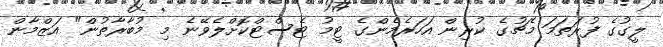
ލީގުގެ ފުރަތަމަ މެޗުގެ ކުރިން އަހަރެމެންގެ ޓީމު ޓެސްޓްކޮށްލެވޭނެ މި މުބާރާތުން" އަޒްމާން